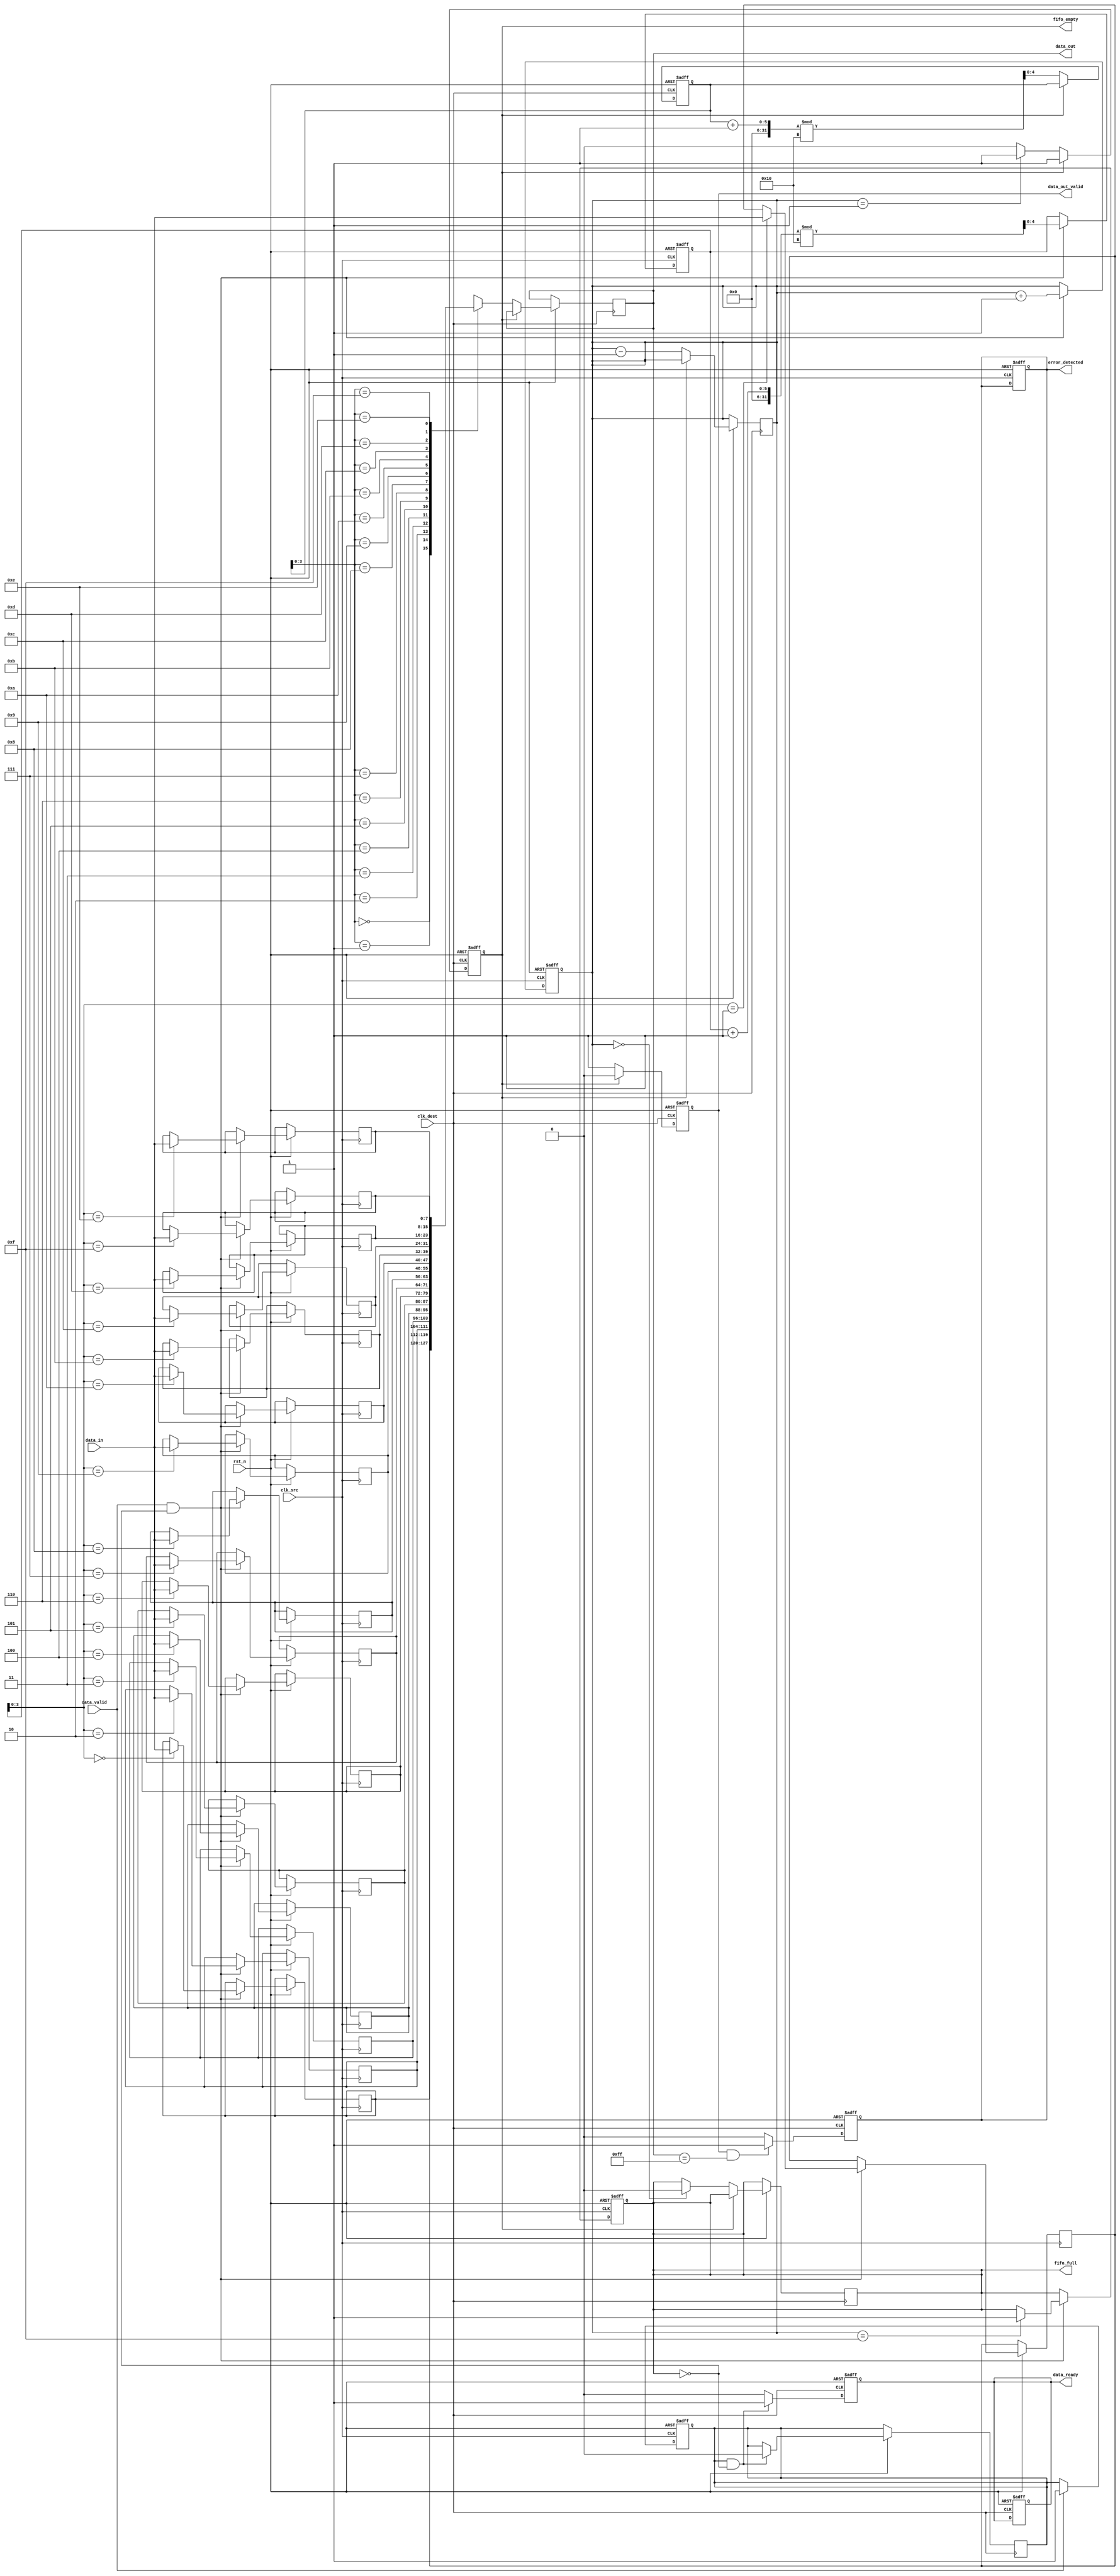
module burst_mode_synchronizer #(
    parameter DATA_WIDTH = 8,       // Width of the data
    parameter FIFO_DEPTH = 16        // Depth of the FIFO
)(
    input wire clk_src,              // Source clock
    input wire clk_dest,             // Destination clock
    input wire rst_n,                // Active low reset
    input wire [DATA_WIDTH-1:0] data_in, // Data input from source clock domain
    input wire data_valid,           // Data valid signal from source
    output reg data_ready,           // Data ready signal for destination
    output reg [DATA_WIDTH-1:0] data_out, // Synchronized data output
    output reg data_out_valid,       // Data valid signal for output
    output reg fifo_full,            // FIFO full indicator
    output reg fifo_empty,           // FIFO empty indicator
    output reg error_detected        // Error detected indicator
);

    // FIFO buffer
    reg [DATA_WIDTH-1:0] fifo [0:FIFO_DEPTH-1];
    reg [4:0] write_ptr;             // Write pointer
    reg [4:0] read_ptr;              // Read pointer
    reg [4:0] fifo_count;            // FIFO count

    // Synchronization registers
    reg [DATA_WIDTH-1:0] sync_data;
    reg sync_data_valid;

    // Handshaking signals
    reg src_ready;
    reg dest_ready;

    // Reset logic
    always @(posedge clk_src or negedge rst_n) begin
        if (!rst_n) begin
            write_ptr <= 0;
            fifo_count <= 0;
            fifo_full <= 0;
            error_detected <= 0;
        end else begin
            if (data_valid && !fifo_full) begin
                fifo[write_ptr] <= data_in; // Write data to FIFO
                write_ptr <= (write_ptr + 1) % FIFO_DEPTH;
                fifo_count <= fifo_count + 1;
                if (fifo_count == FIFO_DEPTH - 1) begin
                    fifo_full <= 1; // Set FIFO full flag
                end
            end
        end
    end

    // Read logic
    always @(posedge clk_dest or negedge rst_n) begin
        if (!rst_n) begin
            read_ptr <= 0;
            data_out_valid <= 0;
            data_ready <= 0;
            fifo_empty <= 1;
        end else begin
            if (!fifo_empty) begin
                data_out <= fifo[read_ptr]; // Read data from FIFO
                data_out_valid <= 1; // Indicate data is valid
                read_ptr <= (read_ptr + 1) % FIFO_DEPTH;
                fifo_count <= fifo_count - 1;
                if (fifo_count == 1) begin
                    fifo_empty <= 1; // Set FIFO empty flag
                end
                if (fifo_count == 0) begin
                    fifo_full <= 0; // Clear FIFO full flag
                end
            end else begin
                data_out_valid <= 0; // No valid data
            end
        end
    end

    // Synchronization stage
    always @(posedge clk_src or negedge rst_n) begin
        if (!rst_n) begin
            sync_data <= 0;
            sync_data_valid <= 0;
        end else begin
            if (data_valid) begin
                sync_data <= data_in; // Synchronize data
                sync_data_valid <= 1; // Indicate data is valid
            end
        end
    end

    // Handshaking logic
    always @(posedge clk_dest or negedge rst_n) begin
        if (!rst_n) begin
            data_ready <= 0;
        end else begin
            if (sync_data_valid && !fifo_full) begin
                data_ready <= 1; // Indicate data is ready to be read
                sync_data_valid <= 0; // Clear sync data valid
            end else begin
                data_ready <= 0;
            end
        end
    end

    // Error detection logic (simple example)
    always @(posedge clk_dest or negedge rst_n) begin
        if (!rst_n) begin
            error_detected <= 0;
        end else begin
            // Example condition for error detection
            if (data_out_valid && (data_out == 8'hFF)) begin
                error_detected <= 1; // Set error if data is 0xFF
            end else begin
                error_detected <= 0;
            end
        end
    end

endmodule